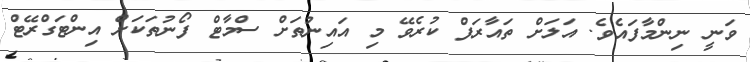
ވަނީ ނިންމާފައެވެ. އަލަށް ތައާރަފް ކުރެވޭ މި އައިނުތަށް ސްމާޓް ފޯނުތަކަށް އިންޓަގްރޭޓް